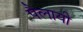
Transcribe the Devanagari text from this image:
पैलायी